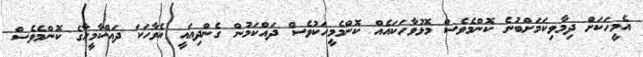
އެމީހަކަށް ދިމާވިކަމަށްބުނެ ކޮންމެވެސް މޮޅުވާހަކައެއް ކޮންމެމީހަކުވެސް ދައްކަމުން ގެންދިއައީ އެވާހަކަ ދައްކާމީހާގެ ކޮންމެވެސް